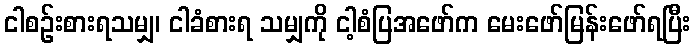
ငါစဉ်းစားရသမျှ၊ ငါခံစားရ သမျှကို ငါ့စံပြအဖော်က မေးဖော်မြန်းဖော်ရပြီး